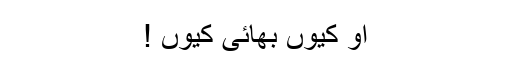
آو کیوں بھائی کیوں !